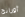
أورانج